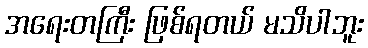
အရေးတကြီး ဖြစ်ရတယ် မသိပါဘူး